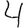
Digit: 4